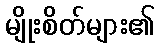
မျိုးစိတ်များ၏